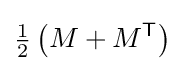
{\tfrac {1}{2}}\left(M+M^{\mathsf {T}}\right)